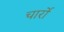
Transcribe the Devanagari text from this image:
चार्रो